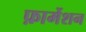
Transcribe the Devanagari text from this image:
फ़ार्मेशन